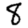
Digit: 8